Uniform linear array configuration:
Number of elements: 64
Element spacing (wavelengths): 0.75
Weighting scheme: kaiser
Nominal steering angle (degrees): -45
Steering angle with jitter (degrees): -44.75
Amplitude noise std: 0.05
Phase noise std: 0.05

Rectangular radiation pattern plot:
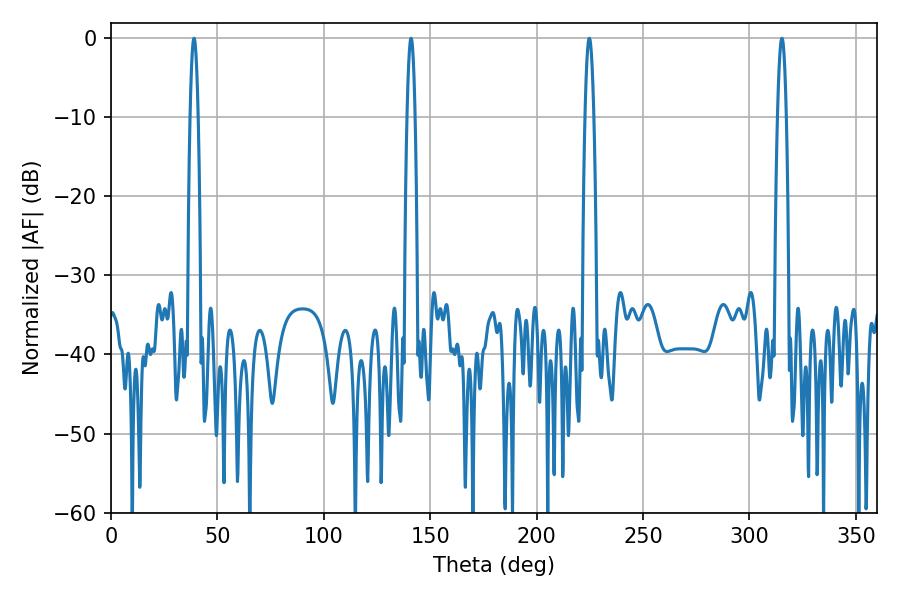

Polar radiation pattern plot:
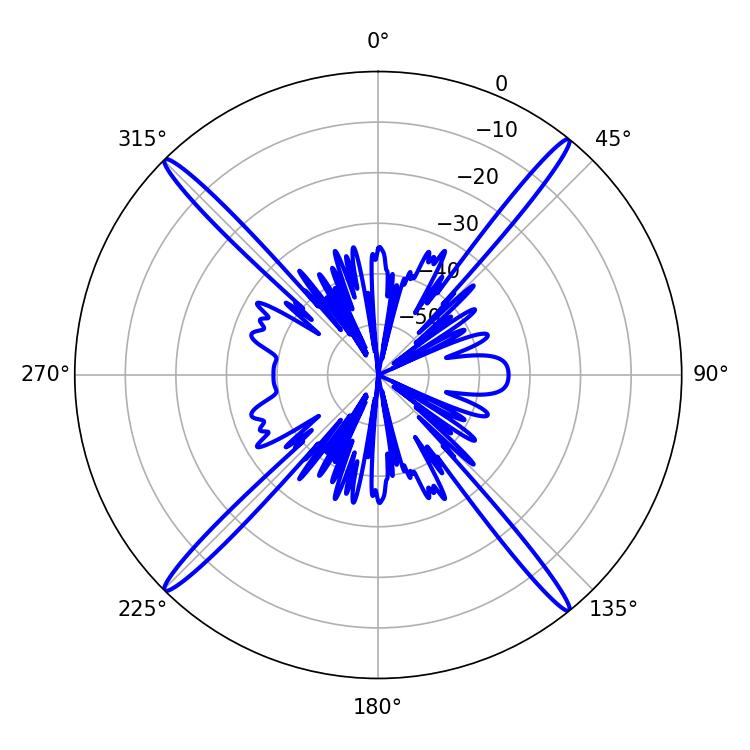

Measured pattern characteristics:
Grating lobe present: TRUE
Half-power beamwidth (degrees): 1.98
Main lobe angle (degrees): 140.94